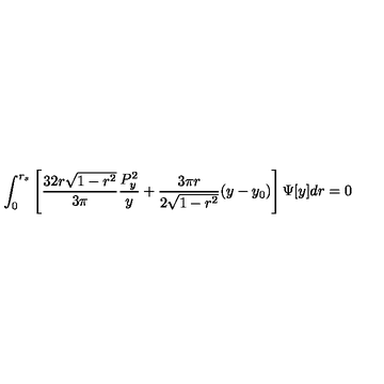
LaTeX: \int _ { 0 } ^ { r _ { s } } \left[ \frac { 3 2 r \sqrt { 1 - r ^ { 2 } } } { 3 \pi } \frac { P _ { y } ^ { 2 } } { y } + \frac { 3 \pi r } { 2 \sqrt { 1 - r ^ { 2 } } } ( y - y _ { 0 } ) \right] \Psi [ y ] d r = 0